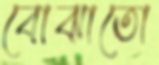
বোঝাতো